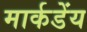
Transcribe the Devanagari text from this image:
मार्कडेंय